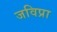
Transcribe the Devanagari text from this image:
जविप्रा